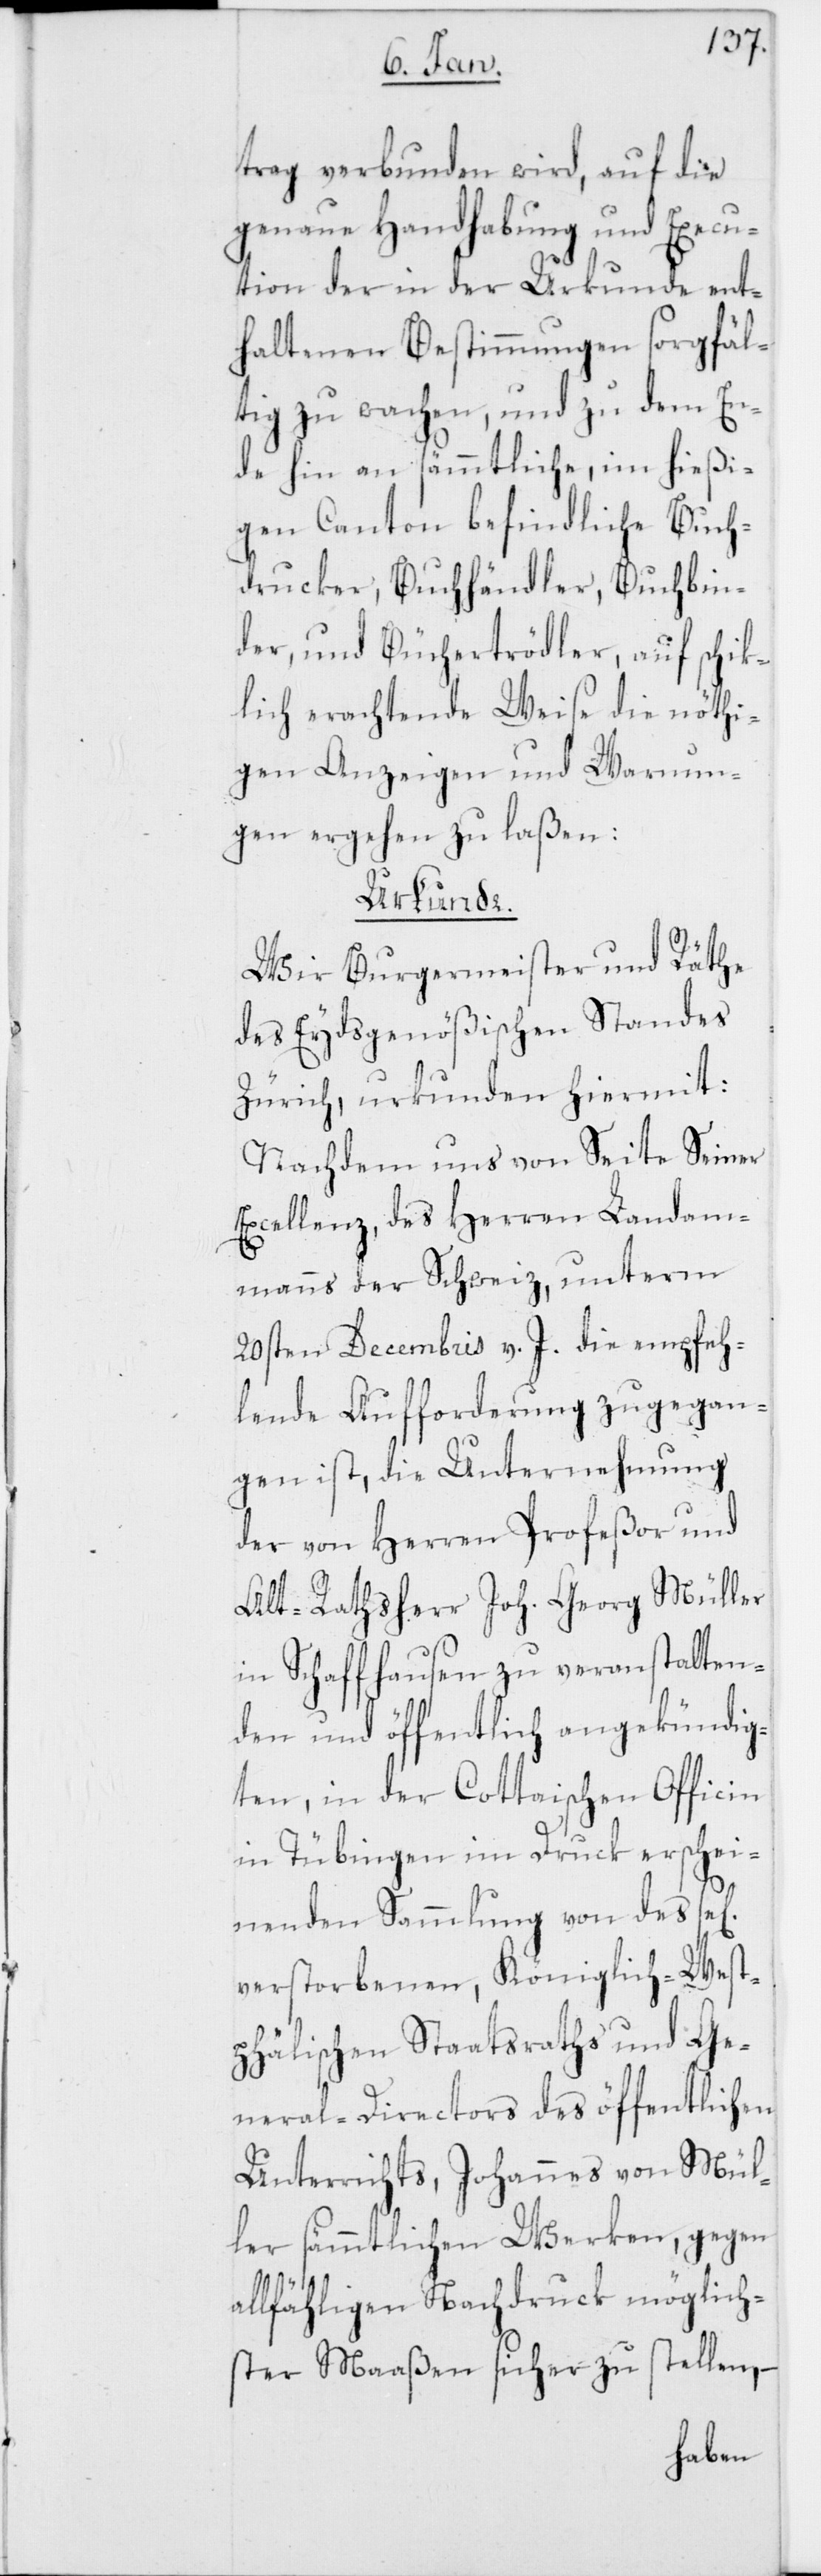
trag verbunden wird, auf die
genaue Handhabung und Execu¬
tion der in der Urkunde ent¬
haltenen Bestimmungen sorgfäl¬
tig zu wachen, und zu dem En¬
de hin an sämmtliche, im hießi¬
gen Canton befindliche Buch¬
drucker, Buchhändler, Buchbin¬
der, und Büchertrödler, auf schick¬
lich erachtende Weise die nöthi¬
gen Anzeigen und Warnun¬
gen ergehen zu laßen:
Urkunde.
Wir Burgermeister und Räthe
des Eydsgenößischen Standes
Zürich, urkunden hiermit:
Nachdem uns von Seite Seiner
Excellenz, des Herren Landam¬
manns der Schweiz, unterm
20sten Decembris v. J. die empfeh¬
lende Aufforderung zugegan¬
gen ist, die Unternehmung
der von Herren Profeßor und
Alt-Ratsherr Joh. Georg Müller
in Schaffhausen zu veranstalten¬
den und öffentlich angekündig¬
ten, in der Cottaischen Officin
in Tübingen im Druck erschei¬
nenden Sammlung von des
verstorbenen, Königlich-West¬
phälischen Staatsraths und Ge¬
neral-Directors des öffentlichen
Unterrichts, Johannes von Mül¬
ler sämmtlichen Werken, gegen
allfähligen Nachdruck möglich¬
ster Maaßen sicher zu stellen,